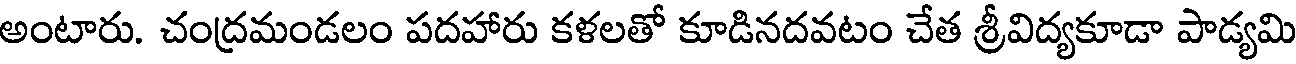
అంటారు. చంద్రమండలం పదహారు కళలతో కూడినదవటం చేత శ్రీవిద్యకూడా పాడ్యమి